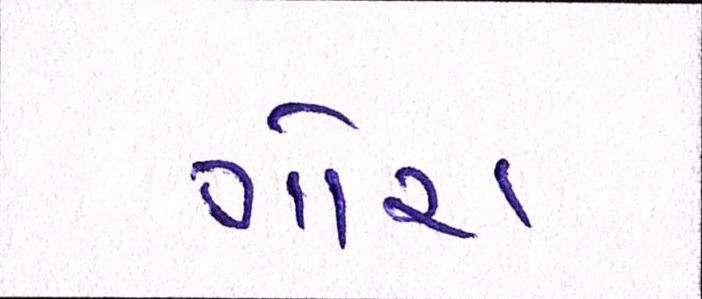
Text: ગોરા